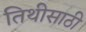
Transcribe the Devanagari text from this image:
तिथीसाठी